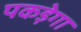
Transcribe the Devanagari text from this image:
पकड़ेगा